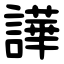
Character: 譁